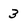
Character: 3